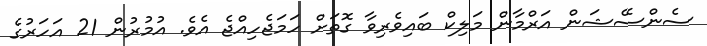
ސެންސޭޝަން އަރްމާން މަލިކް ބައިވެރިވާ ގޮތަށް ހަމަޖެހިއްޖެ އެވެ. އުމުރުން 21 އަހަރުގެ